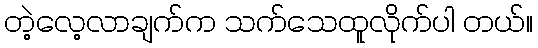
တဲ့လေ့လာချက်က သက်သေထူလိုက်ပါ တယ်။